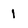
Character: 1